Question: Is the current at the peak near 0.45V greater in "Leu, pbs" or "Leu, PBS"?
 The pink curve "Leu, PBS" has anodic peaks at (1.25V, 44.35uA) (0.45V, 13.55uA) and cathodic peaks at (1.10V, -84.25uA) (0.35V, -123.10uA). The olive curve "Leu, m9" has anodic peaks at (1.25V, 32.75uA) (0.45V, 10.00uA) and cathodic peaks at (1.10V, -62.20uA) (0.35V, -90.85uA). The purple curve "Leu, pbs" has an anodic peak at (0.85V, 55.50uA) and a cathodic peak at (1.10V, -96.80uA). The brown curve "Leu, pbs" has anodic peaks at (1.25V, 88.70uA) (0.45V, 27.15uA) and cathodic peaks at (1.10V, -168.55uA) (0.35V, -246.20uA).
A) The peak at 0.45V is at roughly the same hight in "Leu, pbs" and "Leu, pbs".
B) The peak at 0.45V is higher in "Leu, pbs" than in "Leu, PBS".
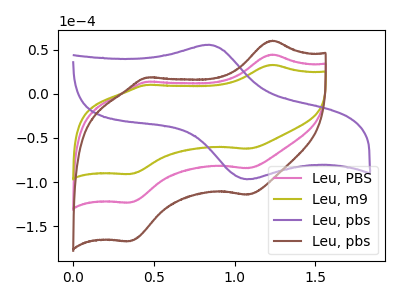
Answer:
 <answer>B) The peak at 0.45V is higher in "Leu, pbs" than in "Leu, PBS".</answer>
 <eval>B</eval>